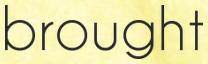
brought